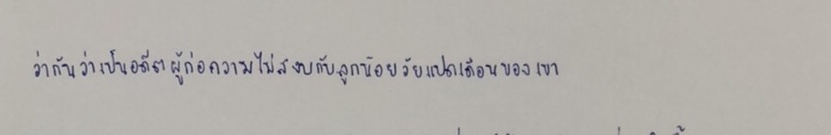
ว่ากันว่าเป็นอดีตผู้ก่อความไม่สงบกับลูกน้อยวัยแปดเดือนของเขา